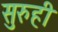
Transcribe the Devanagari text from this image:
सुरुही